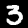
Label: 3